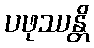
ပဖုဿန္တိ